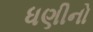
ધણીનો